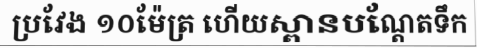
ប្រវែង ១០ម៉ែត្រ ហើយស្ពានបណ្តែតទឹក